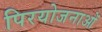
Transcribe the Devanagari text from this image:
पिरयोजनाओं